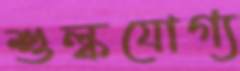
শুল্কযোগ্য